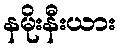
နမိုးနီးယား